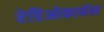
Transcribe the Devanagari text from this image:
रेडिओकार्बन